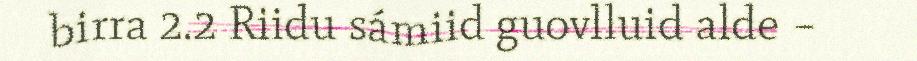
birra 2.2 Riidu sámiid guovlluid alde –